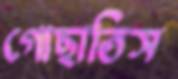
গোছাতিস